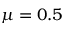
\mu = 0 . 5